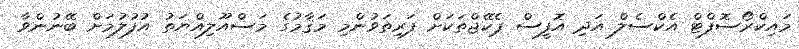
މައިކްރޯސޮފްޓް އެކްސެލް އަދި އޮފީސް ޕެކޭޖްތަކަށް ފަރިތަވުންމި މަޤާމުގެ މަސްއޫލިއްޔަތު އުފުލުމަށް ބޭނުންވާ